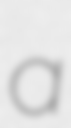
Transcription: a